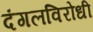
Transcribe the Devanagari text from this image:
दंगलविरोधी